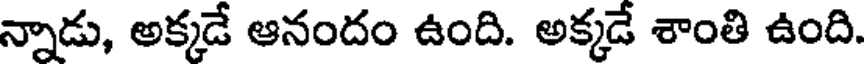
న్నాడు, అక్కడే ఆనందం ఉంది. అక్కడే శాంతి ఉంది.